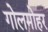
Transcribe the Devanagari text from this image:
गोलमोहर